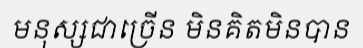
មនុស្សជាច្រើន មិនគិតមិនបាន